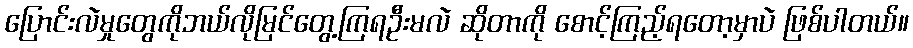
ပြောင်းလဲမှုတွေကိုဘယ်လိုမြင်တွေ့ကြရဦးမလဲ ဆိုတာကို စောင့်ကြည့်ရတော့မှာပဲ ဖြစ်ပါတယ်။